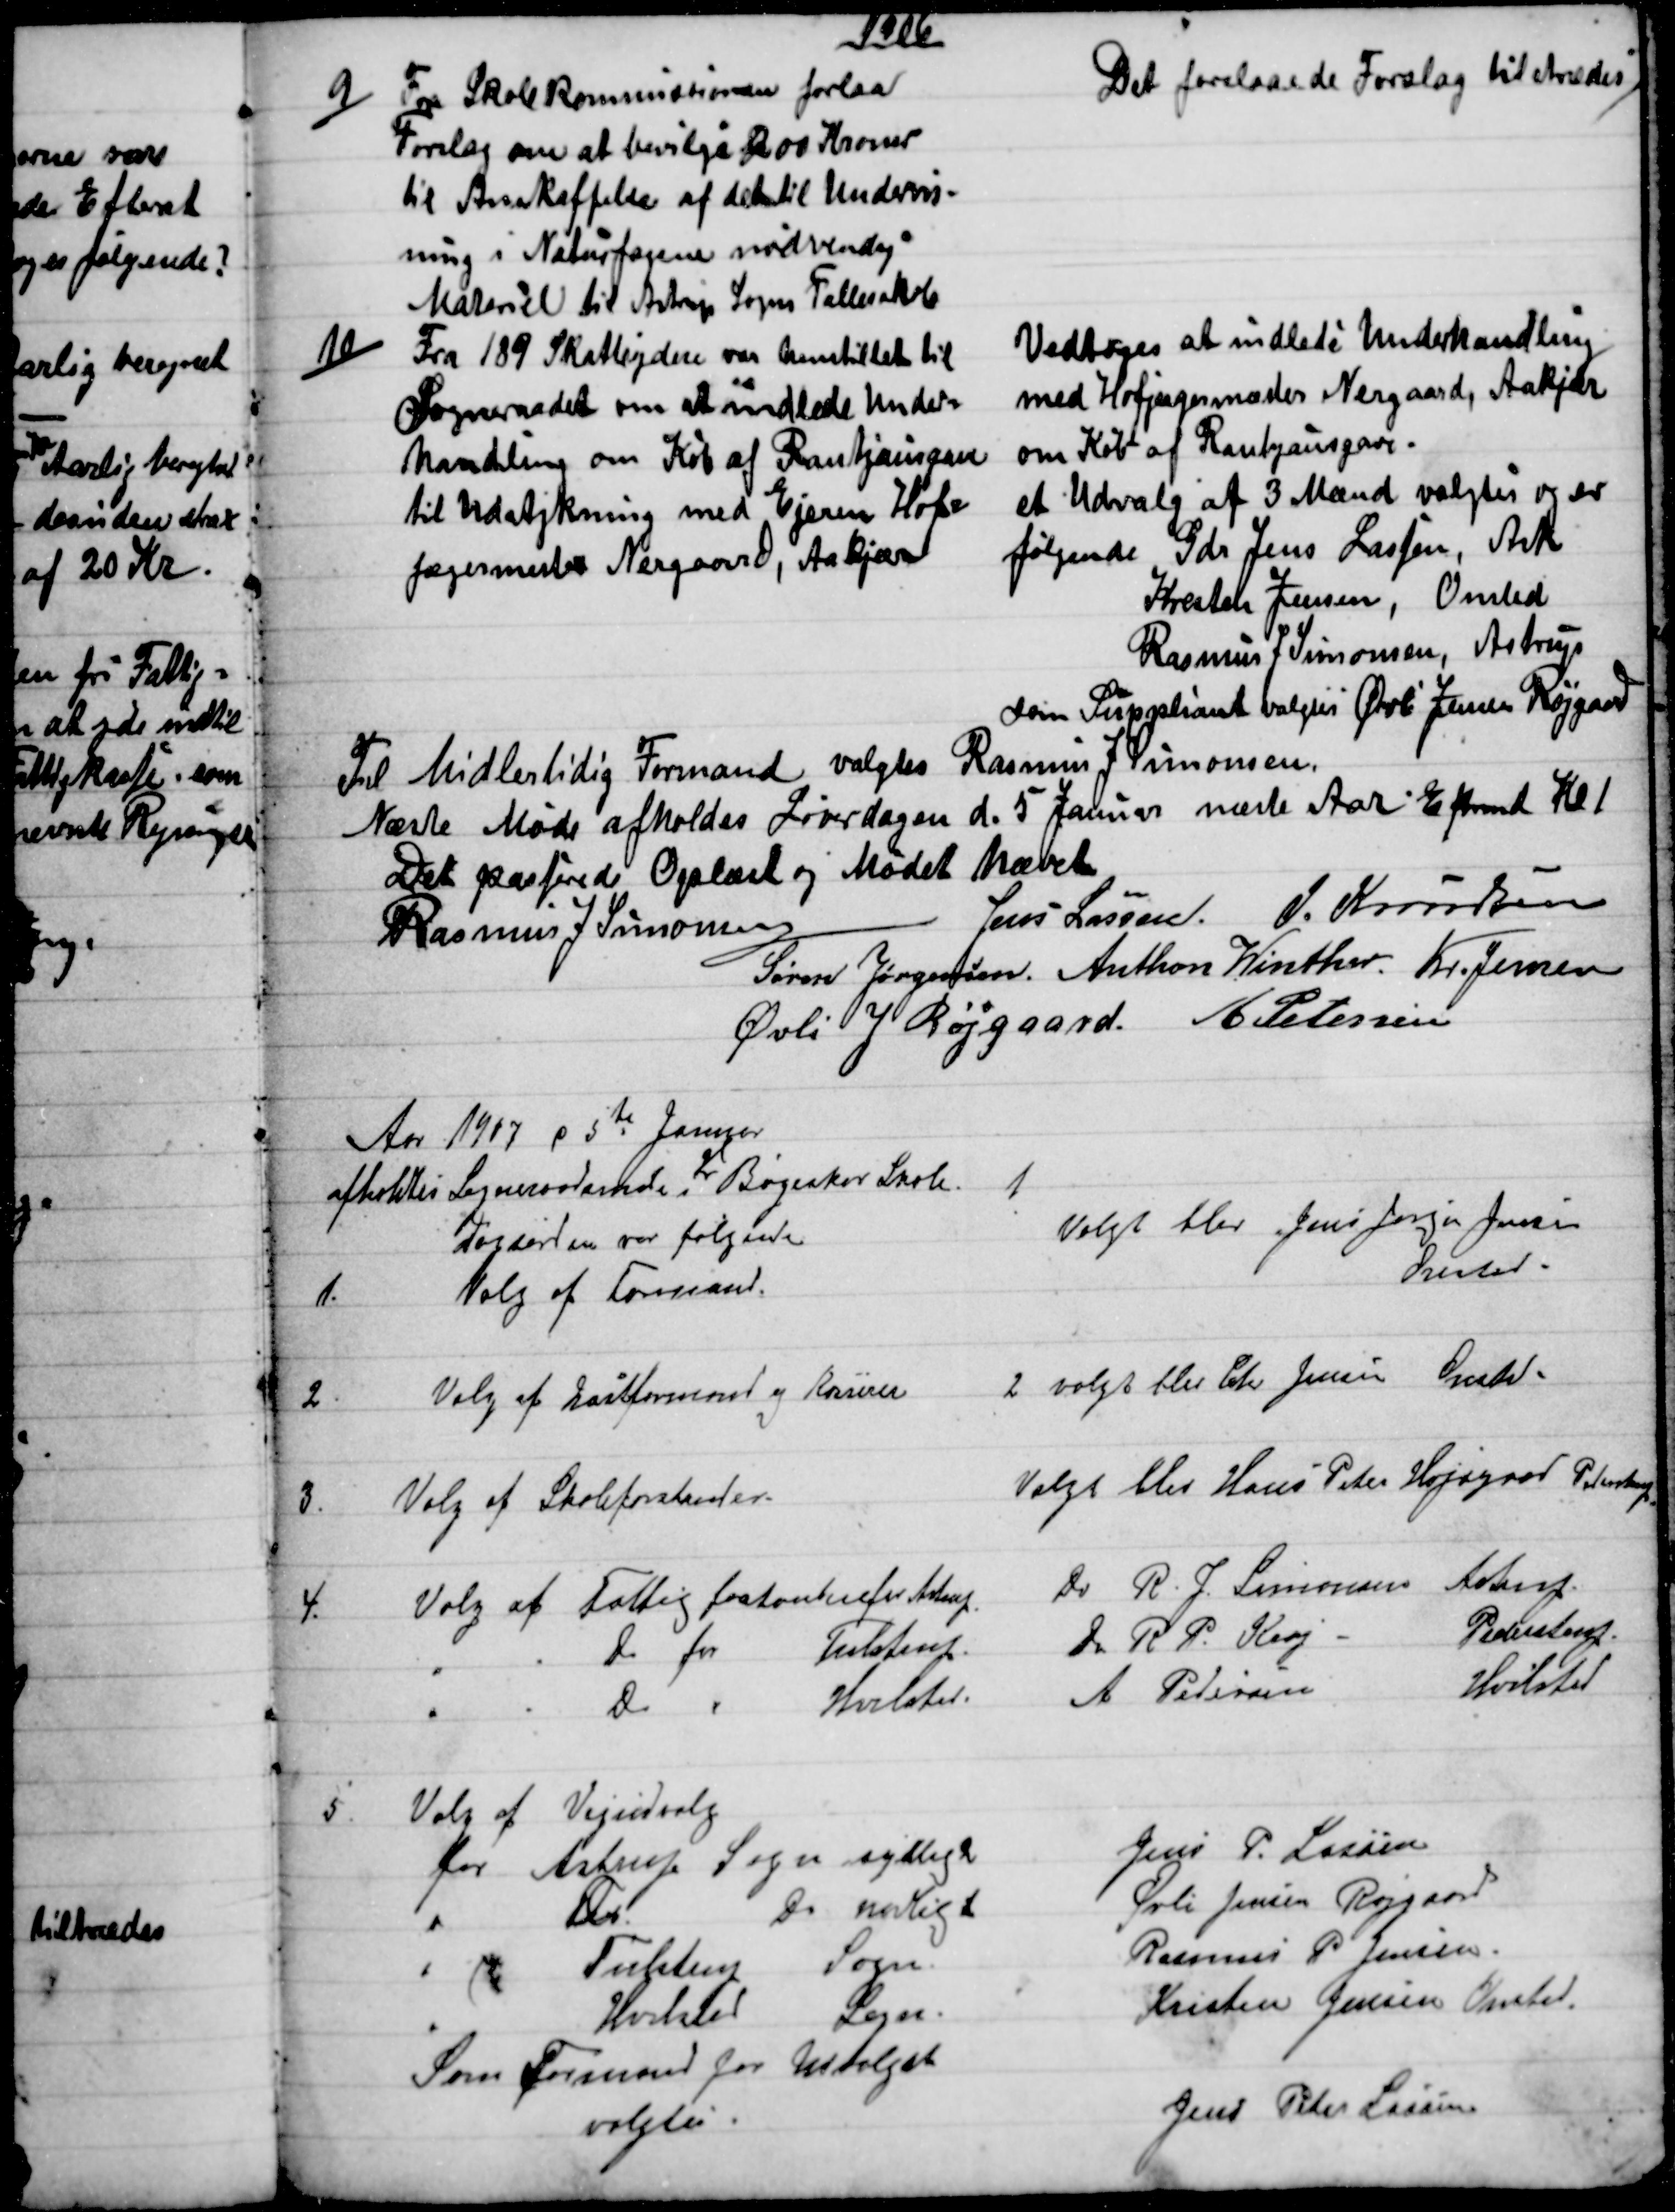
Transskription:
1906
9)
Fra Skolekommissionen forlaa
Forslag om at bevilge 200 Kroner
til Anskaffelse af det til Undervis-
ning i Naturfagene nødvendig
Materiel til Astrup Sogns Fællesskole
Det forelaaede Forslag tiltrædes
10)
Fra 189 Skatteydere var henstillet til
Sogneraadet om at indlede Under=
handling om Køb af Rantzausgave
til Udstykning med Ejeren Hof=
jægermester Nergaard, Aakjær.
Vedtoges at indlede Underhandling
med Hofjægermester Nergaard, Aakjær
om Køb af Rantzausgave.
et Udvalg af 3 Mænd valgtes og er
følgende Gdr Jens Lassen, Ask
Kresten Jensen, Onsted
Rasmus J. Simonsen, Astrup
Som Suppliant valgtes Øvli Jensen Røjgaard
Til Midlertidig Formand valgtes Rasmus J. Simonsen
Næste Møde afholdes Løverdagen d. 5 Januar næste Aar Eftrmd Kl 1
Det passerede Oplæst og Mødet hævet
Rasmus J. Simonsen
Jens Lassen. J. Knudsen
Søren Jørgensen. Anthon Winther. Kr. Jensen
Øvli J Røjgaard.  A Petersen
Aar 1907 d 5te Januar
afholdtes Sogneraadsmøde i Bøgeskov Skole.
1.
Dagsorden var følgende
1.
Valg af Formand.
Valgt blev Jens Jørgen Jensen
Onsted
2
Valg af Næstformand og Kasserer
2. valgt blev Chr Jensen Onsted
3.
Valg af Skoleforstander.
Valgt blev Hans Peter Højsgaard Pederstrup
4.
Valg af Fattigforstander for Astrup
Do R. J. Simonsen Astrup.
Do for 
Tulstrup.
Do R P. Krej 
Pederstrup.
Do 
Hvilsted.
A. Petersen
Hvilsted
5.
Valg af Vejudvalg
for Astrup Sogn sydlige
Jens P. Lassen
Do 
Do nordlige
Øvli Jensen Røjgaard
Tulstrup 
Sogn.
Rasmus P. Jensen
Hvilsted 
Sogn.
Kristen Jensen Onsted.
Som Formand for Udvalget
valgtes
Jens Peter Lassen.